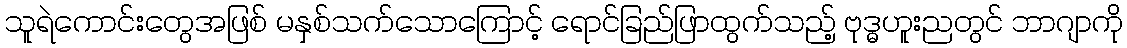
သူရဲကောင်းတွေအဖြစ် မနှစ်သက်သောကြောင့် ရောင်ခြည်ဖြာထွက်သည့် ဗုဒ္ဓဟူးညတွင် ဘာဂျာကို